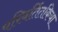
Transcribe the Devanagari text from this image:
परिवर्तितकिया